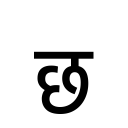
OCR:
छ